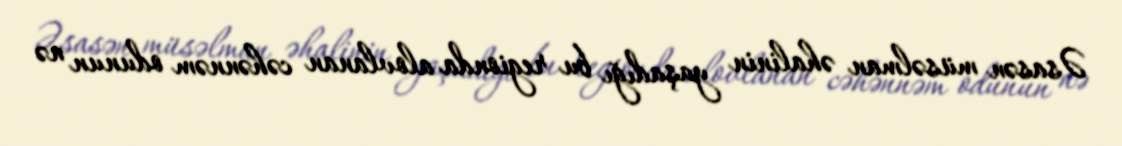
Əsasən müsəlman əhalinin yaşadığı bu regionda alovlanan cəhənnəm odunun nə